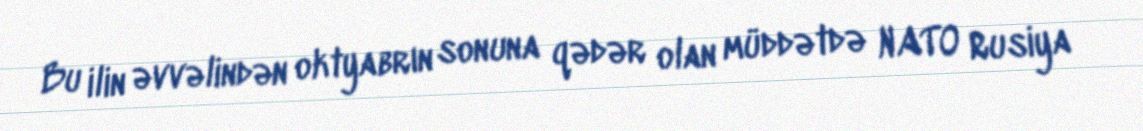
Bu ilin əvvəlindən oktyabrın sonuna qədər olan müddətdə NATO Rusiya